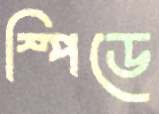
স্পিডে